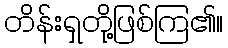
တိန်းရှတို့ဖြစ်ကြ၏။